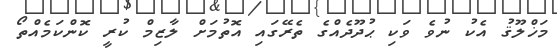
މަޚްލޫޤު އެކު ނުވެ ވަކި ޙުދޫދެއްގެ ތެރޭގައި އޮތުމަށް ލާޒިމް ކުރީ ކޮންކަމެއްތޯ